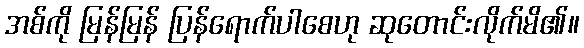
အစ်ကို မြန်မြန် ပြန်ရောက်ပါစေဟု ဆုတောင်းလိုက်မိ၏။